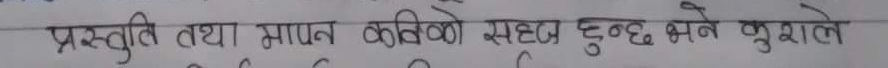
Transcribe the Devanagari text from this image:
प्रस्तुति तथा मापन कविको स्पष्ट हुन्छ भने कुशल